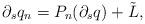
LaTeX: \begin{align*} \partial_s q_n = P_{n}( \partial_s q) + \tilde L,\end{align*}